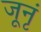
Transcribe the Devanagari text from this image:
जूनृं